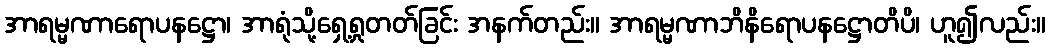
အာရမ္မဏာရောပနဋ္ဌော၊ အာရုံသို့ရှေ့ရှုတတ်ခြင်း အနက်တည်း။ အာရမ္မဏာဘိနိရောပနဋ္ဌောတိပိ၊ ဟူ၍လည်း။